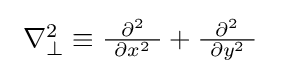
{\textstyle \ \nabla _{\perp }^{2}\equiv {\frac {\ \partial ^{2}\ }{\ \partial x^{2}\ }}+{\frac {\ \partial ^{2}\ }{\ \partial y^{2}\ }}\ }